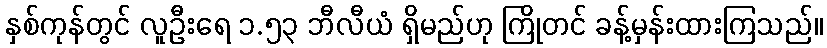
နှစ်ကုန်တွင် လူဦးရေ ၁.၅၃ ဘီလီယံ ရှိမည်ဟု ကြိုတင် ခန့်မှန်းထားကြသည်။